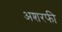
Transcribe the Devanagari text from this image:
अशरफी